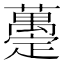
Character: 𧄌